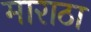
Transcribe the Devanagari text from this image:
माराठा